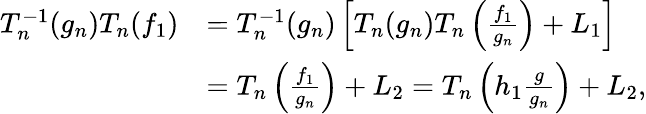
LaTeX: \begin{array}{rl}{T_{n}^{-1}(g_{n})T_{n}(f_{1})}&{=T_{n}^{-1}(g_{n})\left[T_{n}(g_{n})T_{n}\left(\frac{f_{1}}{g_{n}}\right)+L_{1}\right]}\\ &{=T_{n}\left(\frac{f_{1}}{g_{n}}\right)+L_{2}=T_{n}\left(h_{1}\frac{g}{g_{n}}\right)+L_{2},}\end{array}